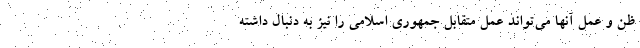
ظن و عمل آنها می‌تواند عمل متقابل جمهوری اسلامی را نیز به دنبال داشته